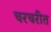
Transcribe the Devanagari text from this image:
चरचरीत